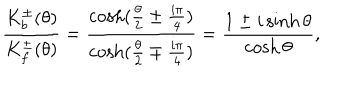
LaTeX: \frac { K _ { b } ^ { \pm } ( \theta ) } { K _ { f } ^ { \pm } ( \theta ) } = \frac { \cosh ( \frac { \theta } { 2 } \pm \frac { i \pi } { 4 } ) } { \cosh ( \frac { \theta } { 2 } \mp \frac { i \pi } { 4 } ) } = \frac { 1 \pm i \sinh \theta } { \cosh \theta } ,